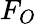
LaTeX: F_{O}